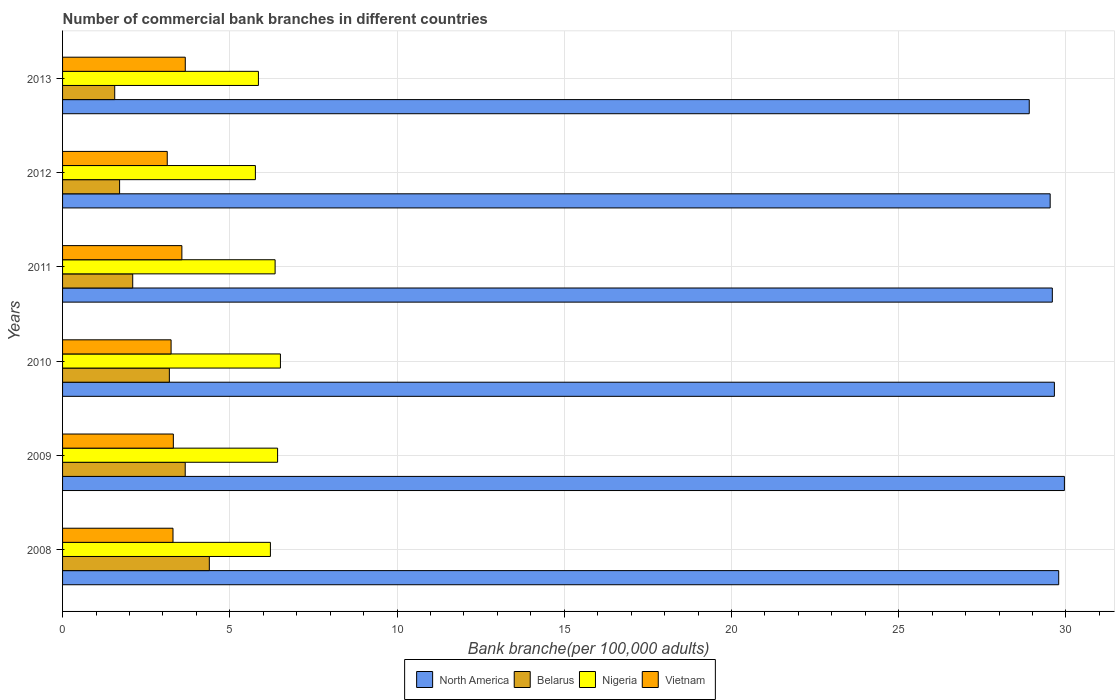
| Years | North America | Belarus | Nigeria | Vietnam |
 | --- | --- | --- | --- | --- |
 | 2008 | 29.8 | 4.39 | 6.21 | 3.3 |
 | 2009 | 30 | 3.67 | 6.43 | 3.31 |
 | 2010 | 29.7 | 3.19 | 6.51 | 3.24 |
 | 2011 | 29.6 | 2.1 | 6.35 | 3.57 |
 | 2012 | 29.5 | 1.71 | 5.76 | 3.13 |
 | 2013 | 28.9 | 1.56 | 5.86 | 3.67 |